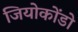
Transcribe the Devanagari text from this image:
जियोकोंडो